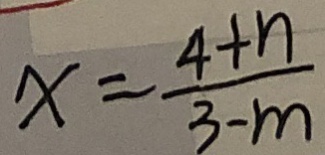
x = \frac { 4 + n } { 3 - m }